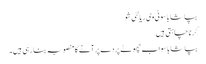
بپاشا باسو ٹی وی ریالٹی شو
کرنا چاہتی ہیں
بپاشا باسو اب چھوٹے پردے پر آنے کا منصوبہ بنا رہی ہیں۔